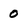
Character: 0